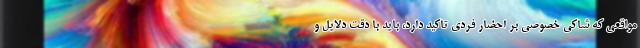
مواقعی که شاکی خصوصی بر احضار فردی تاکید دارد، باید با دقت دلایل و